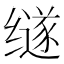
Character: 䍁